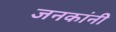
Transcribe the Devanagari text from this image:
जनकांनी